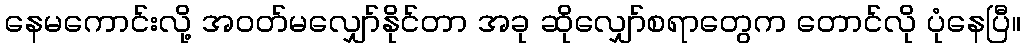
နေမကောင်းလို့ အဝတ်မလျှော်နိုင်တာ အခု ဆိုလျှော်စရာတွေက တောင်လို ပုံနေပြီ။